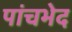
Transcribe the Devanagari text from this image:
पांचभेद